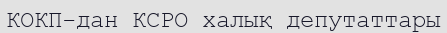
КОКП-дан КСРО халық депутаттары